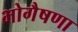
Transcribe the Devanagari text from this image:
भोगैषणा